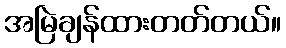
အမြဲချန်ထားတတ်တယ်။